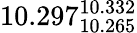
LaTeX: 10.297_{10.265}^{10.332}